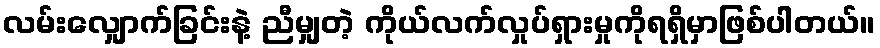
လမ်းလျှောက်ခြင်းနဲ့ ညီမျှတဲ့ ကိုယ်လက်လှုပ်ရှားမှုကိုရရှိမှာဖြစ်ပါတယ်။